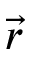
\vec { r }